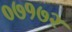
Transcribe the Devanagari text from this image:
०७१७२